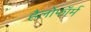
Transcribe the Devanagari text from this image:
हैलोफॉर्म